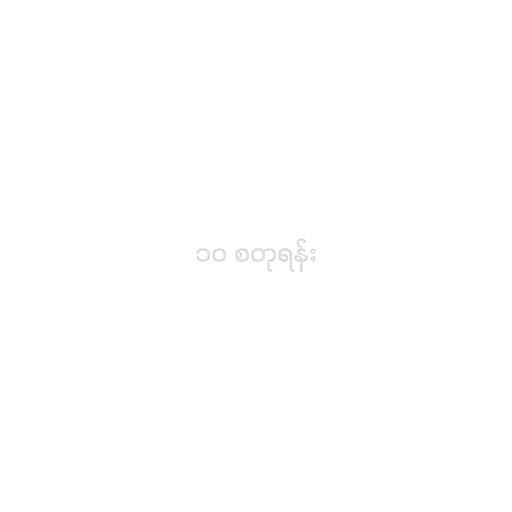
၁၀ စတုရန်း